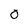
Character: 0